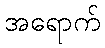
အရောက်